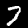
Digit: 7